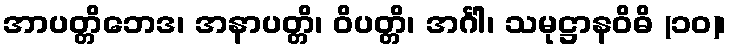
အာပတ္တိဘေဒ၊ အနာပတ္တိ၊ ဝိပတ္တိ၊ အင်္ဂါ၊ သမုဋ္ဌာနဝိဓိ (၁၀)၊